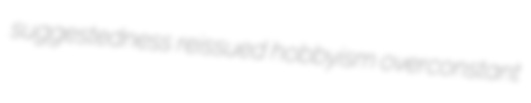
suggestedness reissued hobbyism overconstant